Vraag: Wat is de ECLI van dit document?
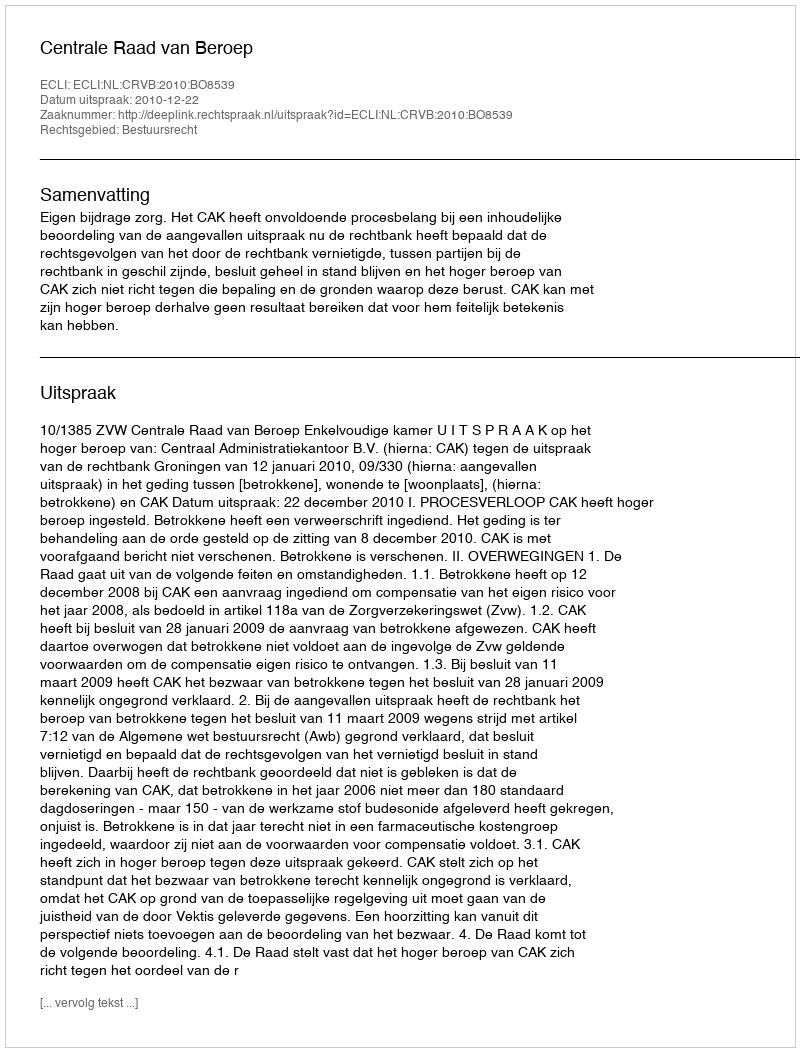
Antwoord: ECLI:NL:CRVB:2010:BO8539